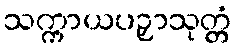
သက္ကာယပဉှာသုတ္တံ